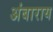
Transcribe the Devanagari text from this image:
अंबाराय